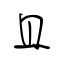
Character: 且